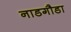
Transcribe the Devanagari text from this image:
नाडगौडा